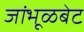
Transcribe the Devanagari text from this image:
जांभूळबेट